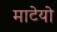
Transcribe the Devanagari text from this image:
माटेयो